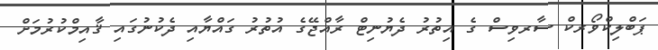
ޕަބްލިކްވޯރކް ސާރވިސް ގެ އިތުރު ދެޔުނިޓް ރާއްޖޭގެ އުތުރު ގައްޔާއި ދެކުނުގައި ޤާއިމްކުރުމަށް